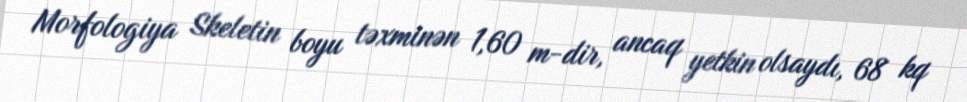
Morfologiya Skeletin boyu təxminən 1,60 m-dir, ancaq yetkin olsaydı, 68 kq